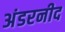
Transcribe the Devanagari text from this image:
अंडरनीद